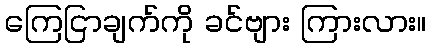
ကြေငြာချက်ကို ခင်ဗျား ကြားလား။